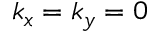
k _ { x } = k _ { y } = 0